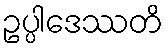
ဥပ္ပါဒေဿတိ